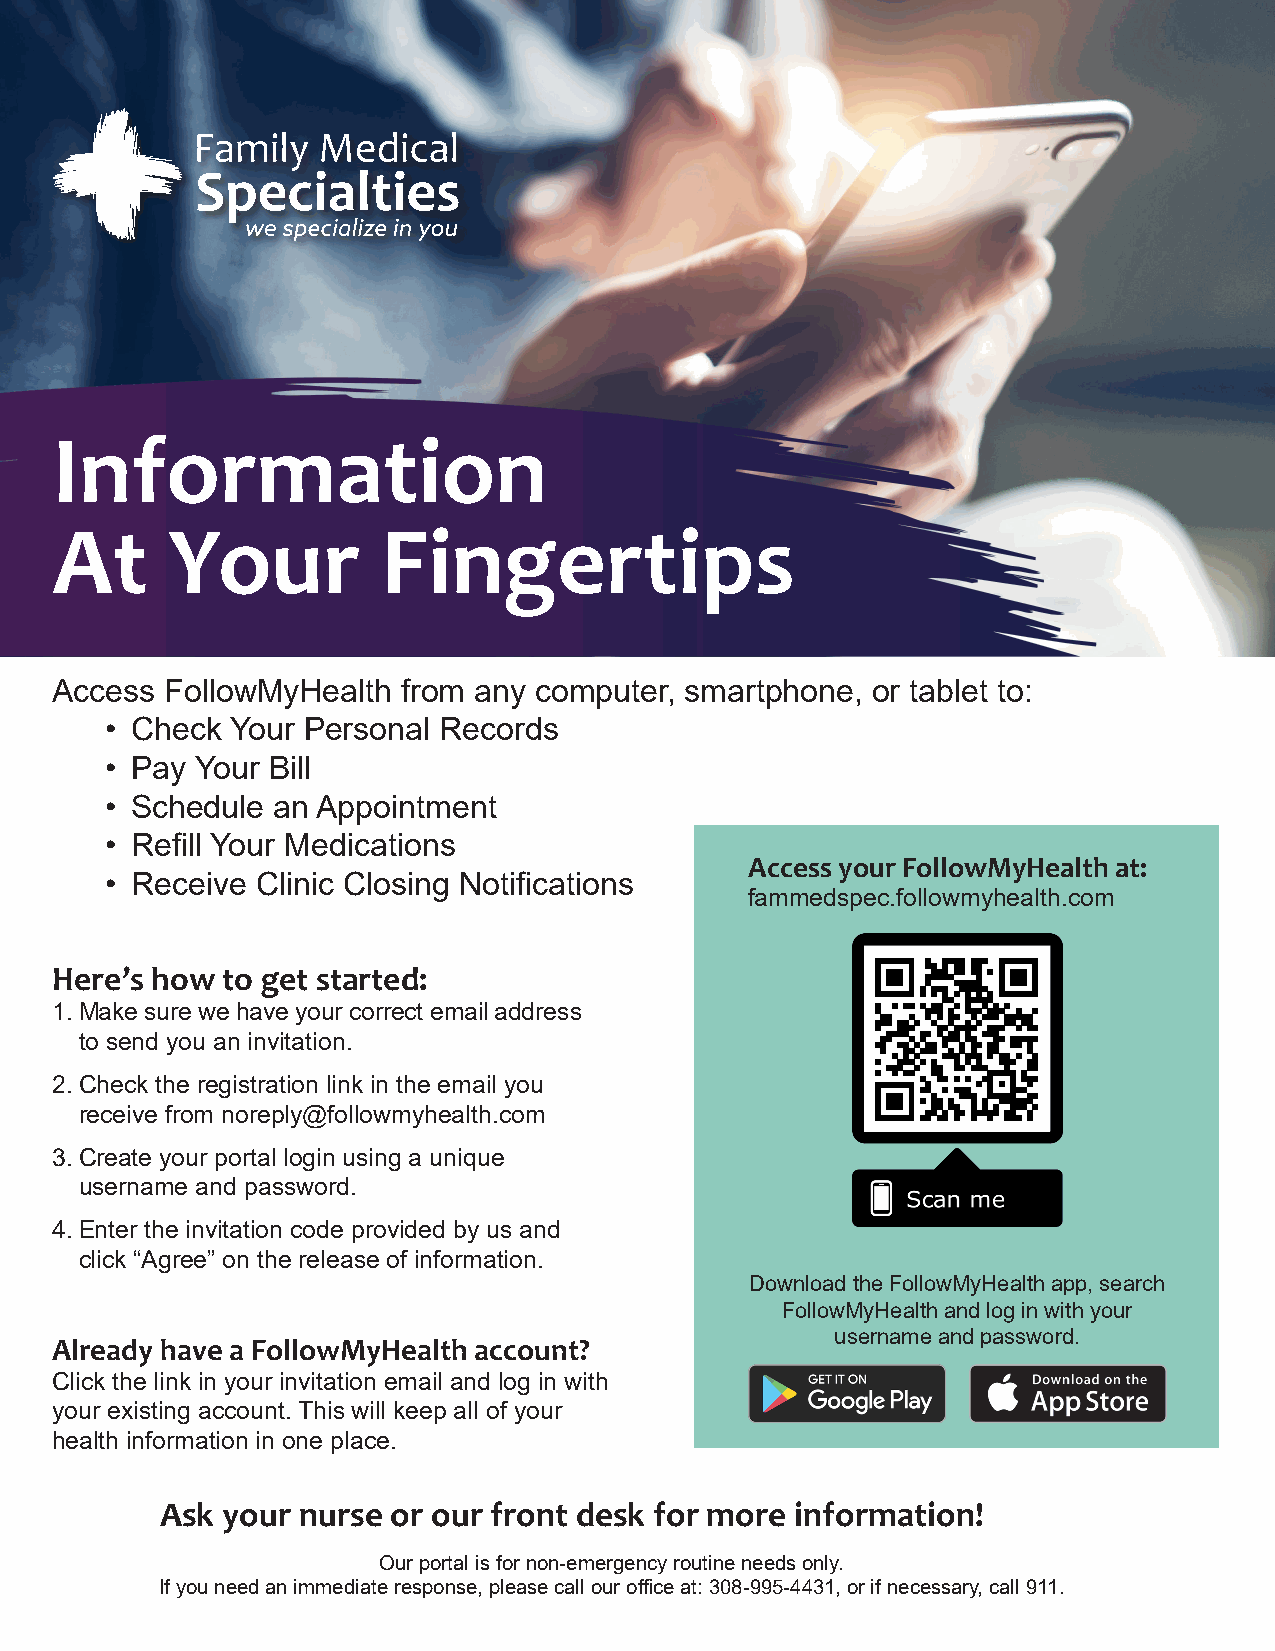
Information
 At      Your          Fingertips
 Access  FollowMyHealth  from any computer, smartphone, or tablet to:
 • Check Your Personal Records
 • Pay Your Bill
 • Schedule an Appointment
 • Refill Your Medications
 Access your FollowMyHealth at:
 • Receive Clinic Closing Notifications
 fammedspec.followmyhealth.com
 Here’s how  to get started:
 1. Make sure we have your correct email address
 to send you an invitation.
 2. Check the registration link in the email you
 receive from noreply@followmyhealth.com
 3. Create your portal login using a unique
 username and password.
 4. Enter the invitation code provided by us and
 click “Agree” on the release of information.
 Download the FollowMyHealth app, search
 FollowMyHealth and log in with your
 username and password.
 Already have a FollowMyHealth account?
 Click the link in your invitation email and log in with
 your existing account. This will keep all of your
 health information in one place.
 Ask your nurse or our front desk for more information!
 Our portal is for non-emergency routine needs only.
 If you need an immediate response, please call our office at: 308-995-4431, or if necessary, call 911.